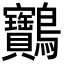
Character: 䴐